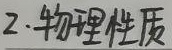
2. 物理性质